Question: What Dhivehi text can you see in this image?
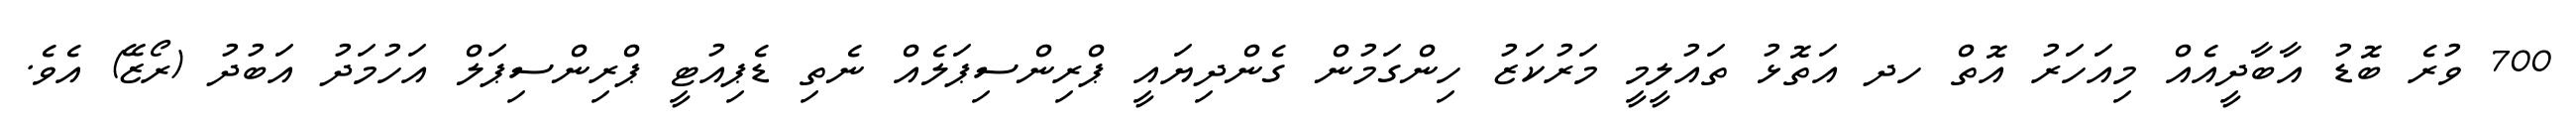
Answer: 700 ވުރެ ބޮޑު އާބާދީއެއް މިއަހަރު އޮތް ހދ އަތޮޅު ތައުލީމީ މަރުކަޒު ހިންގަމުން ގެންދިޔައީ ޕްރިންސިޕަލެއް ނެތި ޑެޕިއުޓީ ޕްރިންސިޕަލް އަހުމަދު އަބުދު (ރޯޒޭ) އެވެ.